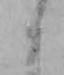
そ